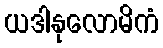
ယဒါနုလောမိကံ